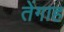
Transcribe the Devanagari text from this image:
तेंगाह